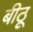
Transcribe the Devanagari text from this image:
बीठू